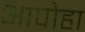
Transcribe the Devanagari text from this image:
आपोहा